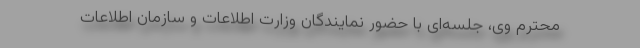
محترم وی، جلسه‌ای با حضور نمایندگان وزارت اطلاعات و سازمان اطلاعات